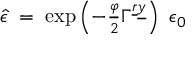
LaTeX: \hat { \epsilon } \; = \; \exp \left( - \textstyle { \frac { \varphi } { 2 } } \Gamma ^ { \underline { { { r } } } \underline { { { y } } } } \right) \ \epsilon _ { 0 }